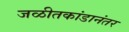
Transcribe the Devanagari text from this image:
जळीतकांडानंतर